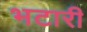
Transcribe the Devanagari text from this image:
भटारी